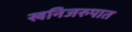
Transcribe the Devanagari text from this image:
खनिजरुपात